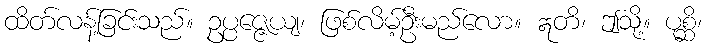
ထိတ်လန့်ခြင်းသည်။ ဥပ္ပဇ္ဇေယျ၊ ဖြစ်လိမ့်ဦးမည်လော။ ဣတိ၊ ဤသို့။ ပုစ္ဆိ၊